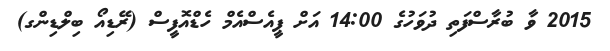
2015 ވާ ބުރާސްފަތި ދުވަހުގެ 14:00 އަށް ޕީއެސްއެމް ހެޑްއޮފީސް (ރޭޑިއޯ ބިލްޑިންގ)